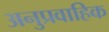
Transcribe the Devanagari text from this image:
अनुप्रवाहिक